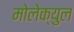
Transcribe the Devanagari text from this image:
मोलेक्युल